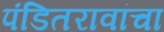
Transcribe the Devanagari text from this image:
पंडितरावांचा